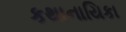
કથાનાયિકા